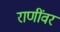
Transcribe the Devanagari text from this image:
राणींवर